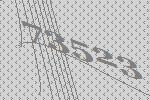
73523